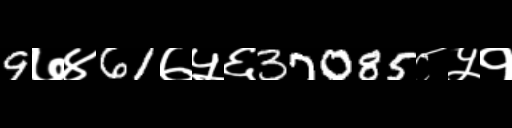
Text: 9७४61७५६37085८५१